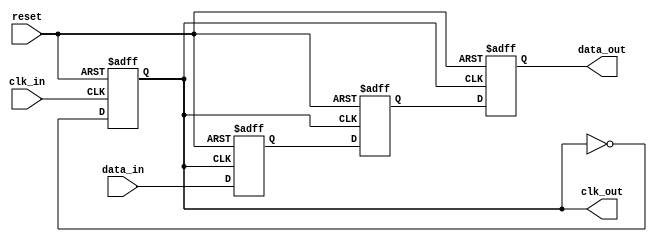
module pll_synchronizer (
    input wire clk_in,          // Incoming clock signal
    input wire data_in,         // Incoming data signal
    output reg clk_out,         // Synchronized clock output
    output reg data_out,        // Synchronized data output
    input wire reset            // Reset signal
);

    // Parameters
    parameter integer VCO_MAX_FREQ = 100; // Max VCO frequency
    parameter integer VCO_MIN_FREQ = 10;   // Min VCO frequency
    parameter integer LOOP_FILTER_GAIN = 1; // Loop filter gain

    // Internal signals
    reg [7:0] phase_error;       // Phase error signal
    reg [7:0] control_voltage;    // Control voltage for VCO
    reg [7:0] vco_output;         // VCO output frequency
    reg [7:0] loop_filter_output; // Loop filter output
    reg [1:0] state;              // PLL state
    reg [1:0] sync_reg [1:0];     // Dual-flop synchronizer registers

    // Phase Detector (PD)
    always @(posedge clk_in or posedge reset) begin
        if (reset) begin
            phase_error <= 0;
        end else begin
            // Simple phase detection logic (for illustration)
            if (data_in) begin
                phase_error <= phase_error + 1; // Increment error if data is high
            end else begin
                phase_error <= phase_error - 1; // Decrement error if data is low
            end
        end
    end

    // Loop Filter
    always @(posedge clk_in or posedge reset) begin
        if (reset) begin
            loop_filter_output <= 0;
        end else begin
            loop_filter_output <= (loop_filter_output + phase_error) >> LOOP_FILTER_GAIN; // Low-pass filter
            control_voltage <= loop_filter_output; // Update control voltage
        end
    end

    // Voltage-Controlled Oscillator (VCO)
    always @(posedge clk_in or posedge reset) begin
        if (reset) begin
            vco_output <= VCO_MIN_FREQ; // Initialize VCO output
        end else begin
            // Adjust VCO output based on control voltage
            if (control_voltage > 128) begin
                vco_output <= VCO_MAX_FREQ; // Max frequency
            end else if (control_voltage < 128) begin
                vco_output <= VCO_MIN_FREQ; // Min frequency
            end
        end
    end

    // Clock Output Generation
    always @(posedge clk_in or posedge reset) begin
        if (reset) begin
            clk_out <= 0;
        end else begin
            // Generate clock output based on VCO output
            clk_out <= ~clk_out; // Toggle clock output
        end
    end

    // Data Synchronization Circuit (Dual-Flop Synchronizer)
    always @(posedge clk_out or posedge reset) begin
        if (reset) begin
            sync_reg[0] <= 0;
            sync_reg[1] <= 0;
            data_out <= 0;
        end else begin
            sync_reg[0] <= data_in; // First stage
            sync_reg[1] <= sync_reg[0]; // Second stage
            data_out <= sync_reg[1]; // Synchronized data output
        end
    end

endmodule